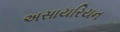
અસાયરિયન